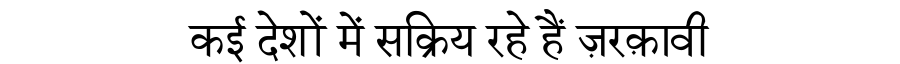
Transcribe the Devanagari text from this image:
कई देशों में सक्रिय रहे हैं ज़रक़ावी